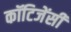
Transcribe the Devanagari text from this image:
कॉटिजेंसी